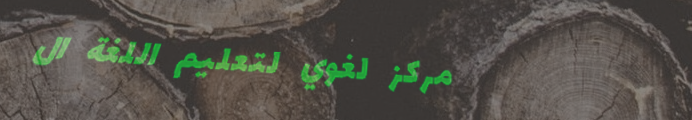
مركز لغوي لتعليم اللغة ال